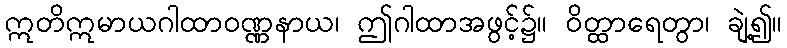
ဣတိဣမာယဂါထာဝဏ္ဏနာယ၊ ဤဂါထာအဖွင့်၌။ ဝိတ္ထာရေတွာ၊ ချဲ့၍။